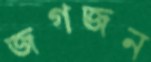
জগজন